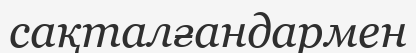
сақталғандармен